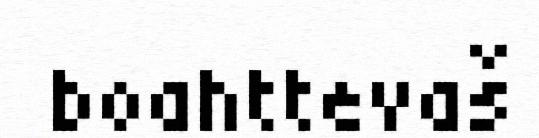
boahttevaš